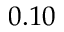
0 . 1 0